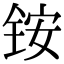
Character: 铵